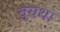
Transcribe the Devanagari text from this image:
व्‍यथा